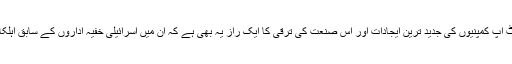
اسرائیلی ٹیکنالوجی اور اسٹارٹ اپ کمپنیوں کی جدید ترین ایجادات اور اس صنعت کی ترقی کا ایک راز یہ بھی ہے کہ ان میں اسرائیلی خفیہ اداروں کے سابق اہلکار بھی بھرتی کیے جاتے ہیں۔